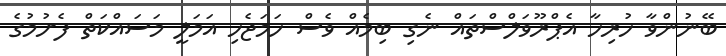
ބޭނުންވާ ހުރިހާ އެޕްރޫވަލްސްތައް ނެގި ބިމެއް ވެސް ހަމަޖެހި އަމަލީ މަސައްކަތް ފެށުމުގެ